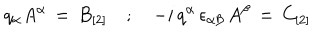
q _ { \alpha } A ^ { \alpha } \, = \, B _ { [ 2 ] } \quad ; \quad - i \, q ^ { \alpha } \, \epsilon _ { \alpha \beta } \, A ^ { \beta } \, = \, C _ { [ 2 ] }